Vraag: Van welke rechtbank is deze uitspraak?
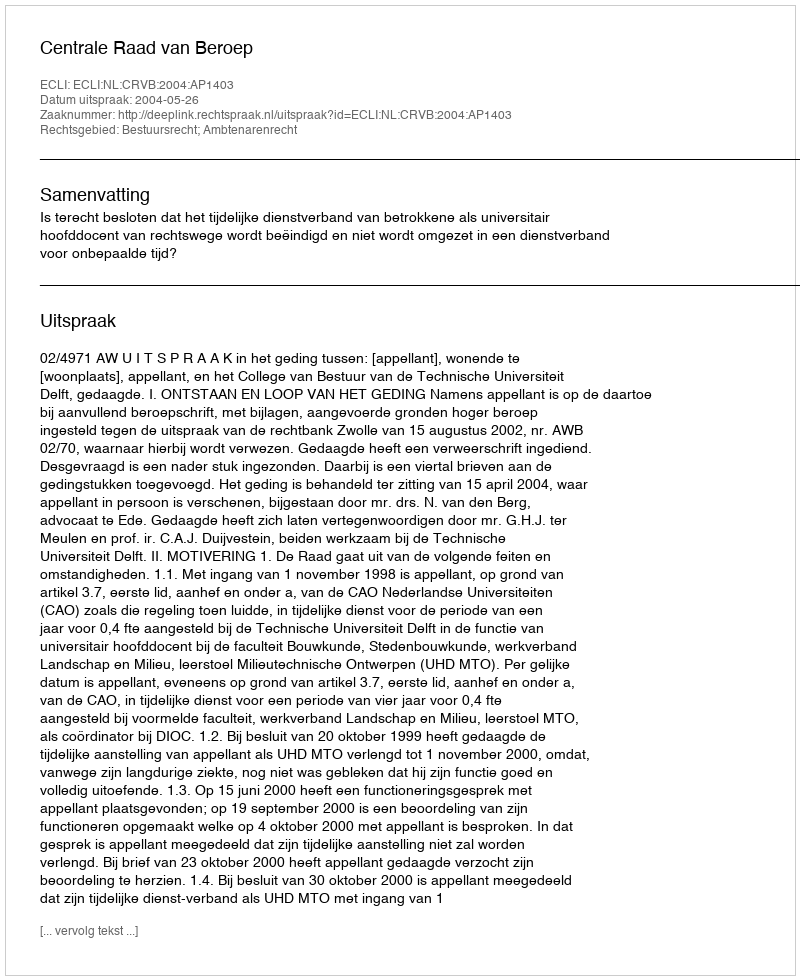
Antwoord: Centrale Raad van Beroep